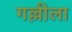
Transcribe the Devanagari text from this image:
गल्लीला